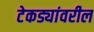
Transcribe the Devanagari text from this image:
टेकड्यांवरील